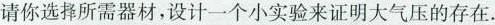
请你选择所需器材，设计一个小实验来证明大气压的存在。